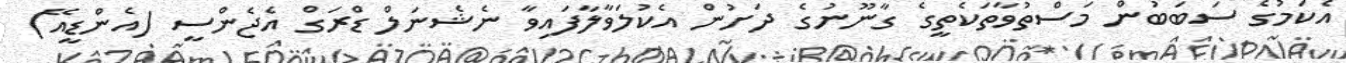
އެކަމުގެ ސަބަބުން މަސްތުވާތަކެތީގެ ގާނޫނުގެ ދަށުން އެކުލަވާލާފައިވާ ނެޝެނަލް ޑްރަގް އެޖެންސީ (އެންޑީއޭ)